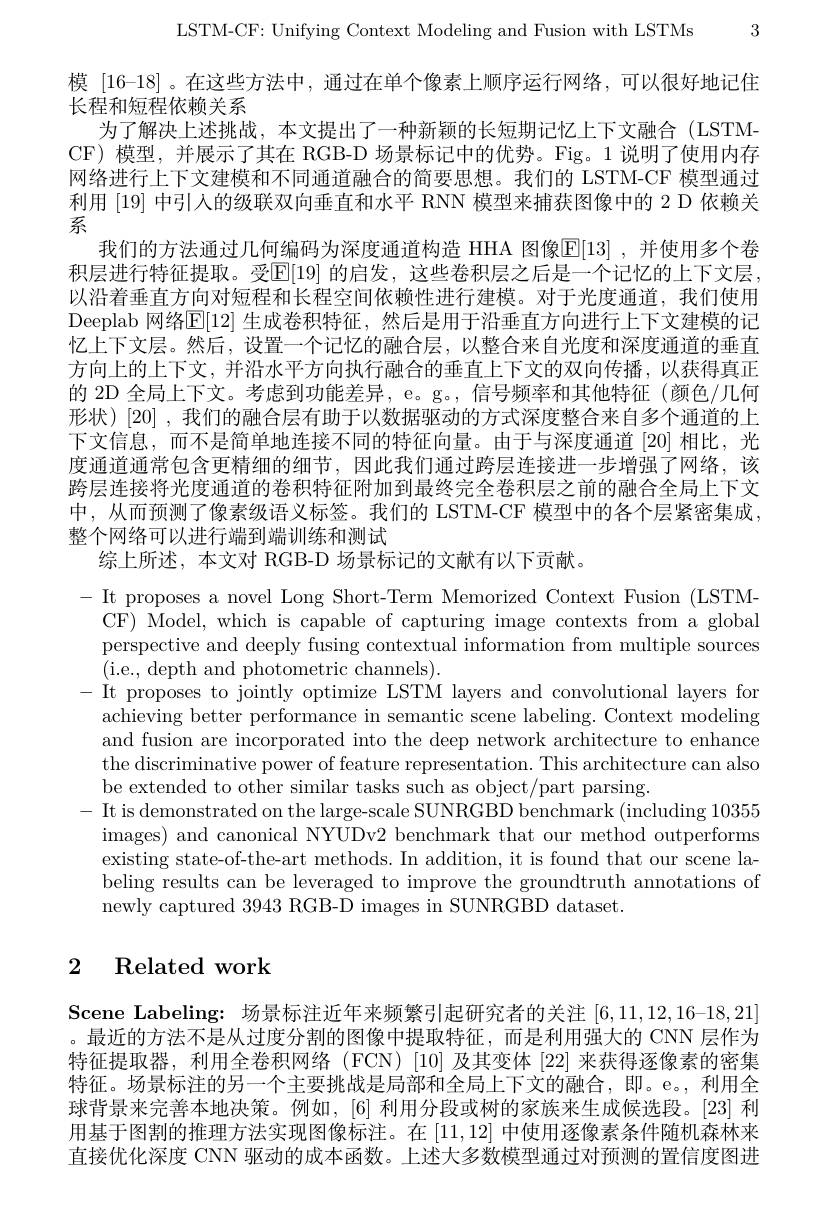
LSTM-CF: Unifying Context Modeling and Fusion with LSTMs 3

模 [16-18] 。在这些方法中，通过在单个像素上顺序运行网络，可以很好地记住
长程和短程依赖关系
为了解决上述挑战，本文提出了一种新颖的长短期记忆上下文融合(LSTMCF) 模型，并展示了其在 RGB-D 场景标记中的优势。Fig。1 说明了使用内存网络进行上下文建模和不同通道融合的简要思想。我们的 LSTM-CF 模型通过利用[19]中引入的级联双向垂直和水平 RNN 模型来捕获图像中的 2 D 依赖关系
我们的方法通过几何编码为深度通道构造 HHA 图像E[13] ,并使用多个卷积层进行特征提取。受E[19] 的启发，这些卷积层之后是一个记忆的上下文层以沿着垂直方向对短程和长程空间依赖性进行建模。对于光度通道，我们使用Deeplab 网络[12] 生成卷积特征，然后是用于沿垂直方向进行上下文建模的记忆上下文层。然后，设置一个记忆的融合层，以整合来自光度和深度通道的垂直方向上的上下文，并沿水平方向执行融合的垂直上下文的双向传播，以获得真正的 2D 全局上下文。考虑到功能差异，e。g。,信号频率和其他特征(颜色/几何形状)[20],我们的融合层有助于以数据驱动的方式深度整合来自多个通道的上下文信息，而不是简单地连接不同的特征向量。由于与深度通道[20]相比，光度通道通常包含更精细的细节，因此我们通过跨层连接进一步增强了网络，该跨层连接将光度通道的卷积特征附加到最终完全卷积层之前的融合全局上下文中，从而预测了像素级语义标签。我们的 LSTM-CF 模型中的各个层紧密集成， 整个网络可以进行端到端训练和测试
综上所述，本文对 RGB-D 场景标记的文献有以下贡献。
$\begin{array}{l}-&\mathrm{It~proposes~a~novel~Long~Short-Term~Memorized~Context~Fusion~(LSTM-}\\&\mathrm{CF)~Model,~which~is~capable~of~capturing~image~contexts~from~a~global}\end{array}$
perspective and deeply fusing contextual information from multiple sources
(i.e., depth and photometric channels).
-It proposes to jointly optimize LSTM layers and convolutional layers for
achieving better performance in semantic scene labeling. Context modeling and fusion are incorporated into the deep network architecture to enhance the discriminative power of feature representation. This architecture can also be extended to other similar tasks such as object/part parsing.
- It is demonstrated on the large-scale SUNRGBD benchmark (including 10355
images) and canonical NYUDv2 benchmark that our method outperforms existing state-of-the-art methods. In addition, it is found that our scene labeling results can be leveraged to improve the groundtruth annotations of newly captured 3943 RGB-D images in SUNRGBD dataset.

# 2 Related work

Scene Labeling: 场景标注近年来频繁引起研究者的关注[6,11,12,16-18,21] 。最近的方法不是从过度分割的图像中提取特征，而是利用强大的 CNN 层作为特征提取器，利用全卷积网络(FCN)[10] 及其变体[22] 来获得逐像素的密集特征。场景标注的另一个主要挑战是局部和全局上下文的融合，即。e。,利用全球背景来完善本地决策。例如，[6] 利用分段或树的家族来生成候选段。[23] 利用基于图割的推理方法实现图像标注。在[11,12]中使用逐像素条件随机森林来直接优化深度 CNN 驱动的成本函数。上述大多数模型通过对预测的置信度图进